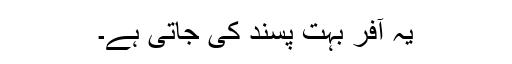
یہ آفر بہت پسند کی جاتی ہے۔